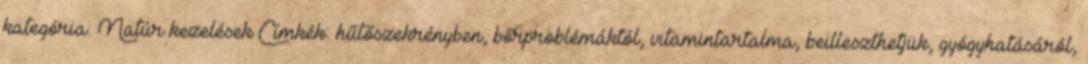
kategória: Natúr kezelések Címkék: hűtőszekrényben, bőrproblémáktól, vitamintartalma, beilleszthetjük, gyógyhatásáról,